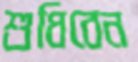
শুধিবেন